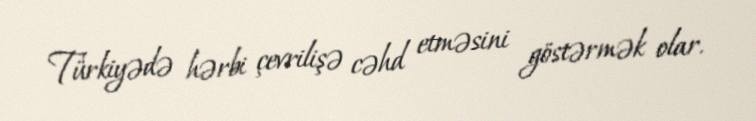
Türkiyədə hərbi çevrilişə cəhd etməsini göstərmək olar.